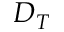
D _ { T }